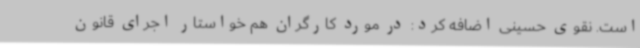
است. نقوی حسینی اضافه کرد: در مورد کارگران هم خواستار اجرای قانون